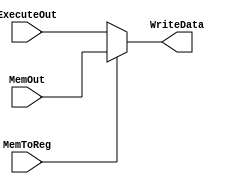
module writeback(ExecuteOut, MemOut, MemToReg, WriteData);
    input [15:0] ExecuteOut, MemOut;
    input MemToReg;
    output [15:0] WriteData;

    assign WriteData = (MemToReg) ? MemOut : ExecuteOut;
endmodule